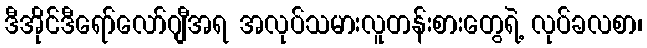
ဒီအိုင်ဒီရော်လော်ဂျီအရ အလုပ်သမားလူတန်းစားတွေရဲ့ လုပ်ခလစာ၊